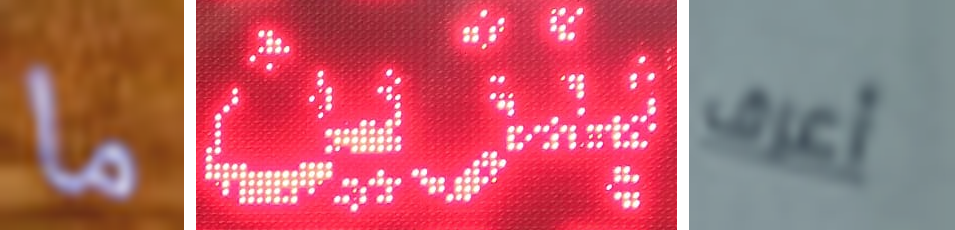
ما بنزين أعرف